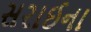
સરાઈના